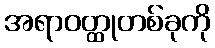
အရာဝတ္ထုတစ်ခုကို